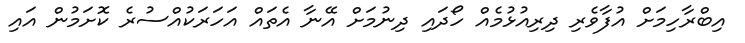
އިބްރާހިމަށް އުފާވެރި ދިރިއުޅުމެއް ހޯދައި ދިނުމަށް އޭނާ އެތައް އަހަރަކުއްސުރެ ކޮށަމުން އައި